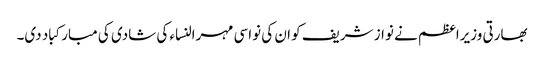
بھارتی وزیراعظم نے نواز شریف کو ان کی نواسی مہرالنساء کی شادی کی مبارکباد دی۔